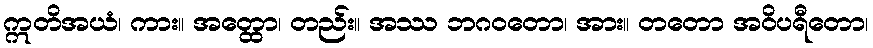
ဣတိအယံ၊ ကား။ အတ္ထော၊ တည်း။ အဿ ဘဂဝတော၊ အား။ တတော အဝိပရီတော၊